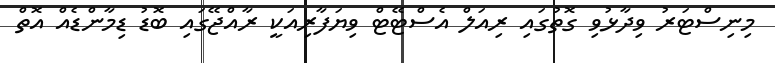
މިނިސްޓަރު ވިދާޅުވި ގޮތުގައި ރިއަލް އެސްޓޭޓް ވިޔަފާރިއަކީ ރާއްޖޭގައި ބޮޑު ޑިމާންޑެއް އޮތް